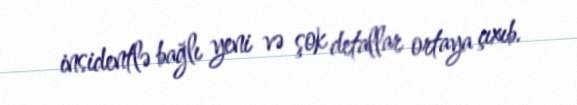
insidentlə bağlı yeni və şok detallar ortaya çıxıb.